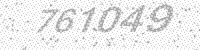
Solution: 761049